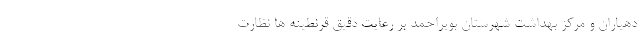
دهیاران و مرکز بهداشت شهرستان بویراحمد بر رعایت دقیق قرنطینه ها نظارت